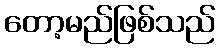
တော့မည်ဖြစ်သည်